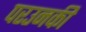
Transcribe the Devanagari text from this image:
परउनकी